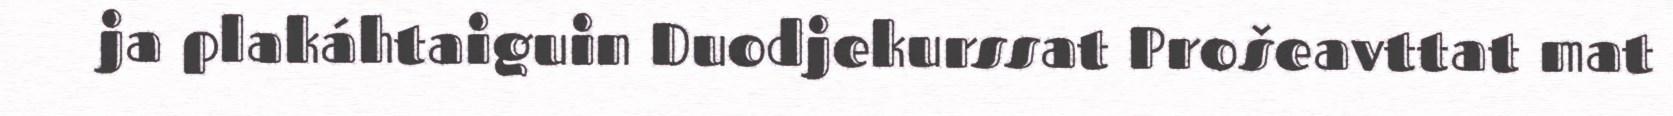
ja plakáhtaiguin Duodjekurssat Prošeavttat mat